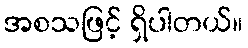
အစသဖြင့် ရှိပါတယ်။